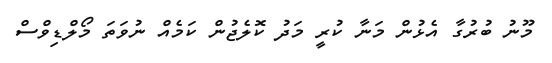
މޫނު ބުރުގާ އެޅުން މަނާ ކުރީ މަދު ކޮލެޖުން ކަމެއް ނުވަތަ މޯލްޑިވްސް